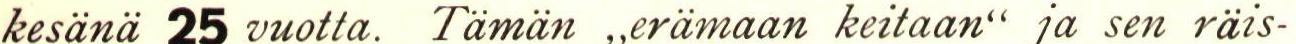
kesänä 25 vuotta. Tämän ,,erämaan keitaan" ja sen räis-